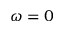
\omega = 0